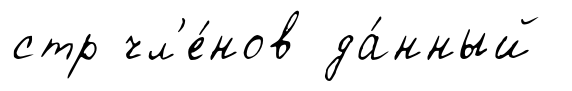
стр чл'е́нов да́нный